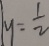
y = \frac { 1 } { 2 }